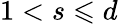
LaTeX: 1<s\leqslant d